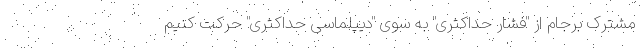
مشترک برجام از "فشار حداکثری" به سوی "دیپلماسی حداکثری" حرکت کنیم